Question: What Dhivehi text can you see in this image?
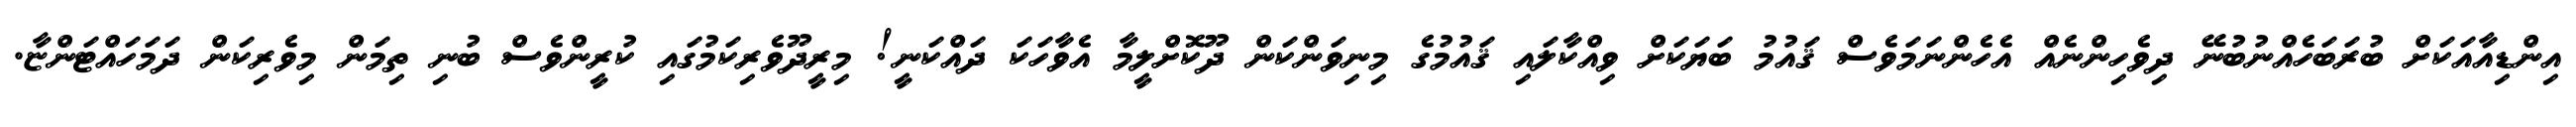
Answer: އިންޑިއާއަކަށް ބުރަބަހެއްނުބުނޭ ދިވެހިންނެއް އެހެންނަމަވެސް ޤައުމު ބަޔަކަށް ވިއްކާލައި ޤައުމުގެ މިނިވަންކަން ދޫކޮށްލީމާ އެވާހަކަ ދައްކަނީ! މިރީދޫވެރިކަމުގައި ކުރީންވެސް ބުނި ތިމަން މިވެރިކަން ދަމަހައްޓަންޏާ.